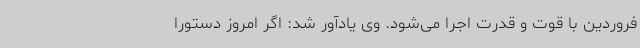
فروردین با قوت و قدرت اجرا می‌شود. وی یادآور شد: اگر امروز دستورا